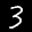
Label: 3